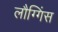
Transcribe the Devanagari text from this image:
लौग्गिंस